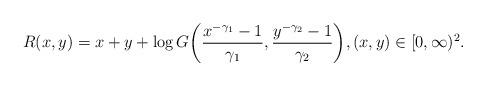
LaTeX: \begin{align*}R(x,y) = x + y + \log G \biggl( \frac{x^{-\gamma_1} - 1}{\gamma_1},\frac{y^{-\gamma_2} - 1}{\gamma_2} \biggr), (x,y) \in[0, \infty)^2.\end{align*}